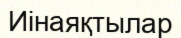
Иінаяқтылар